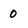
Character: 0